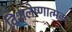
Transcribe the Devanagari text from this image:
विशलेष्णात्मक